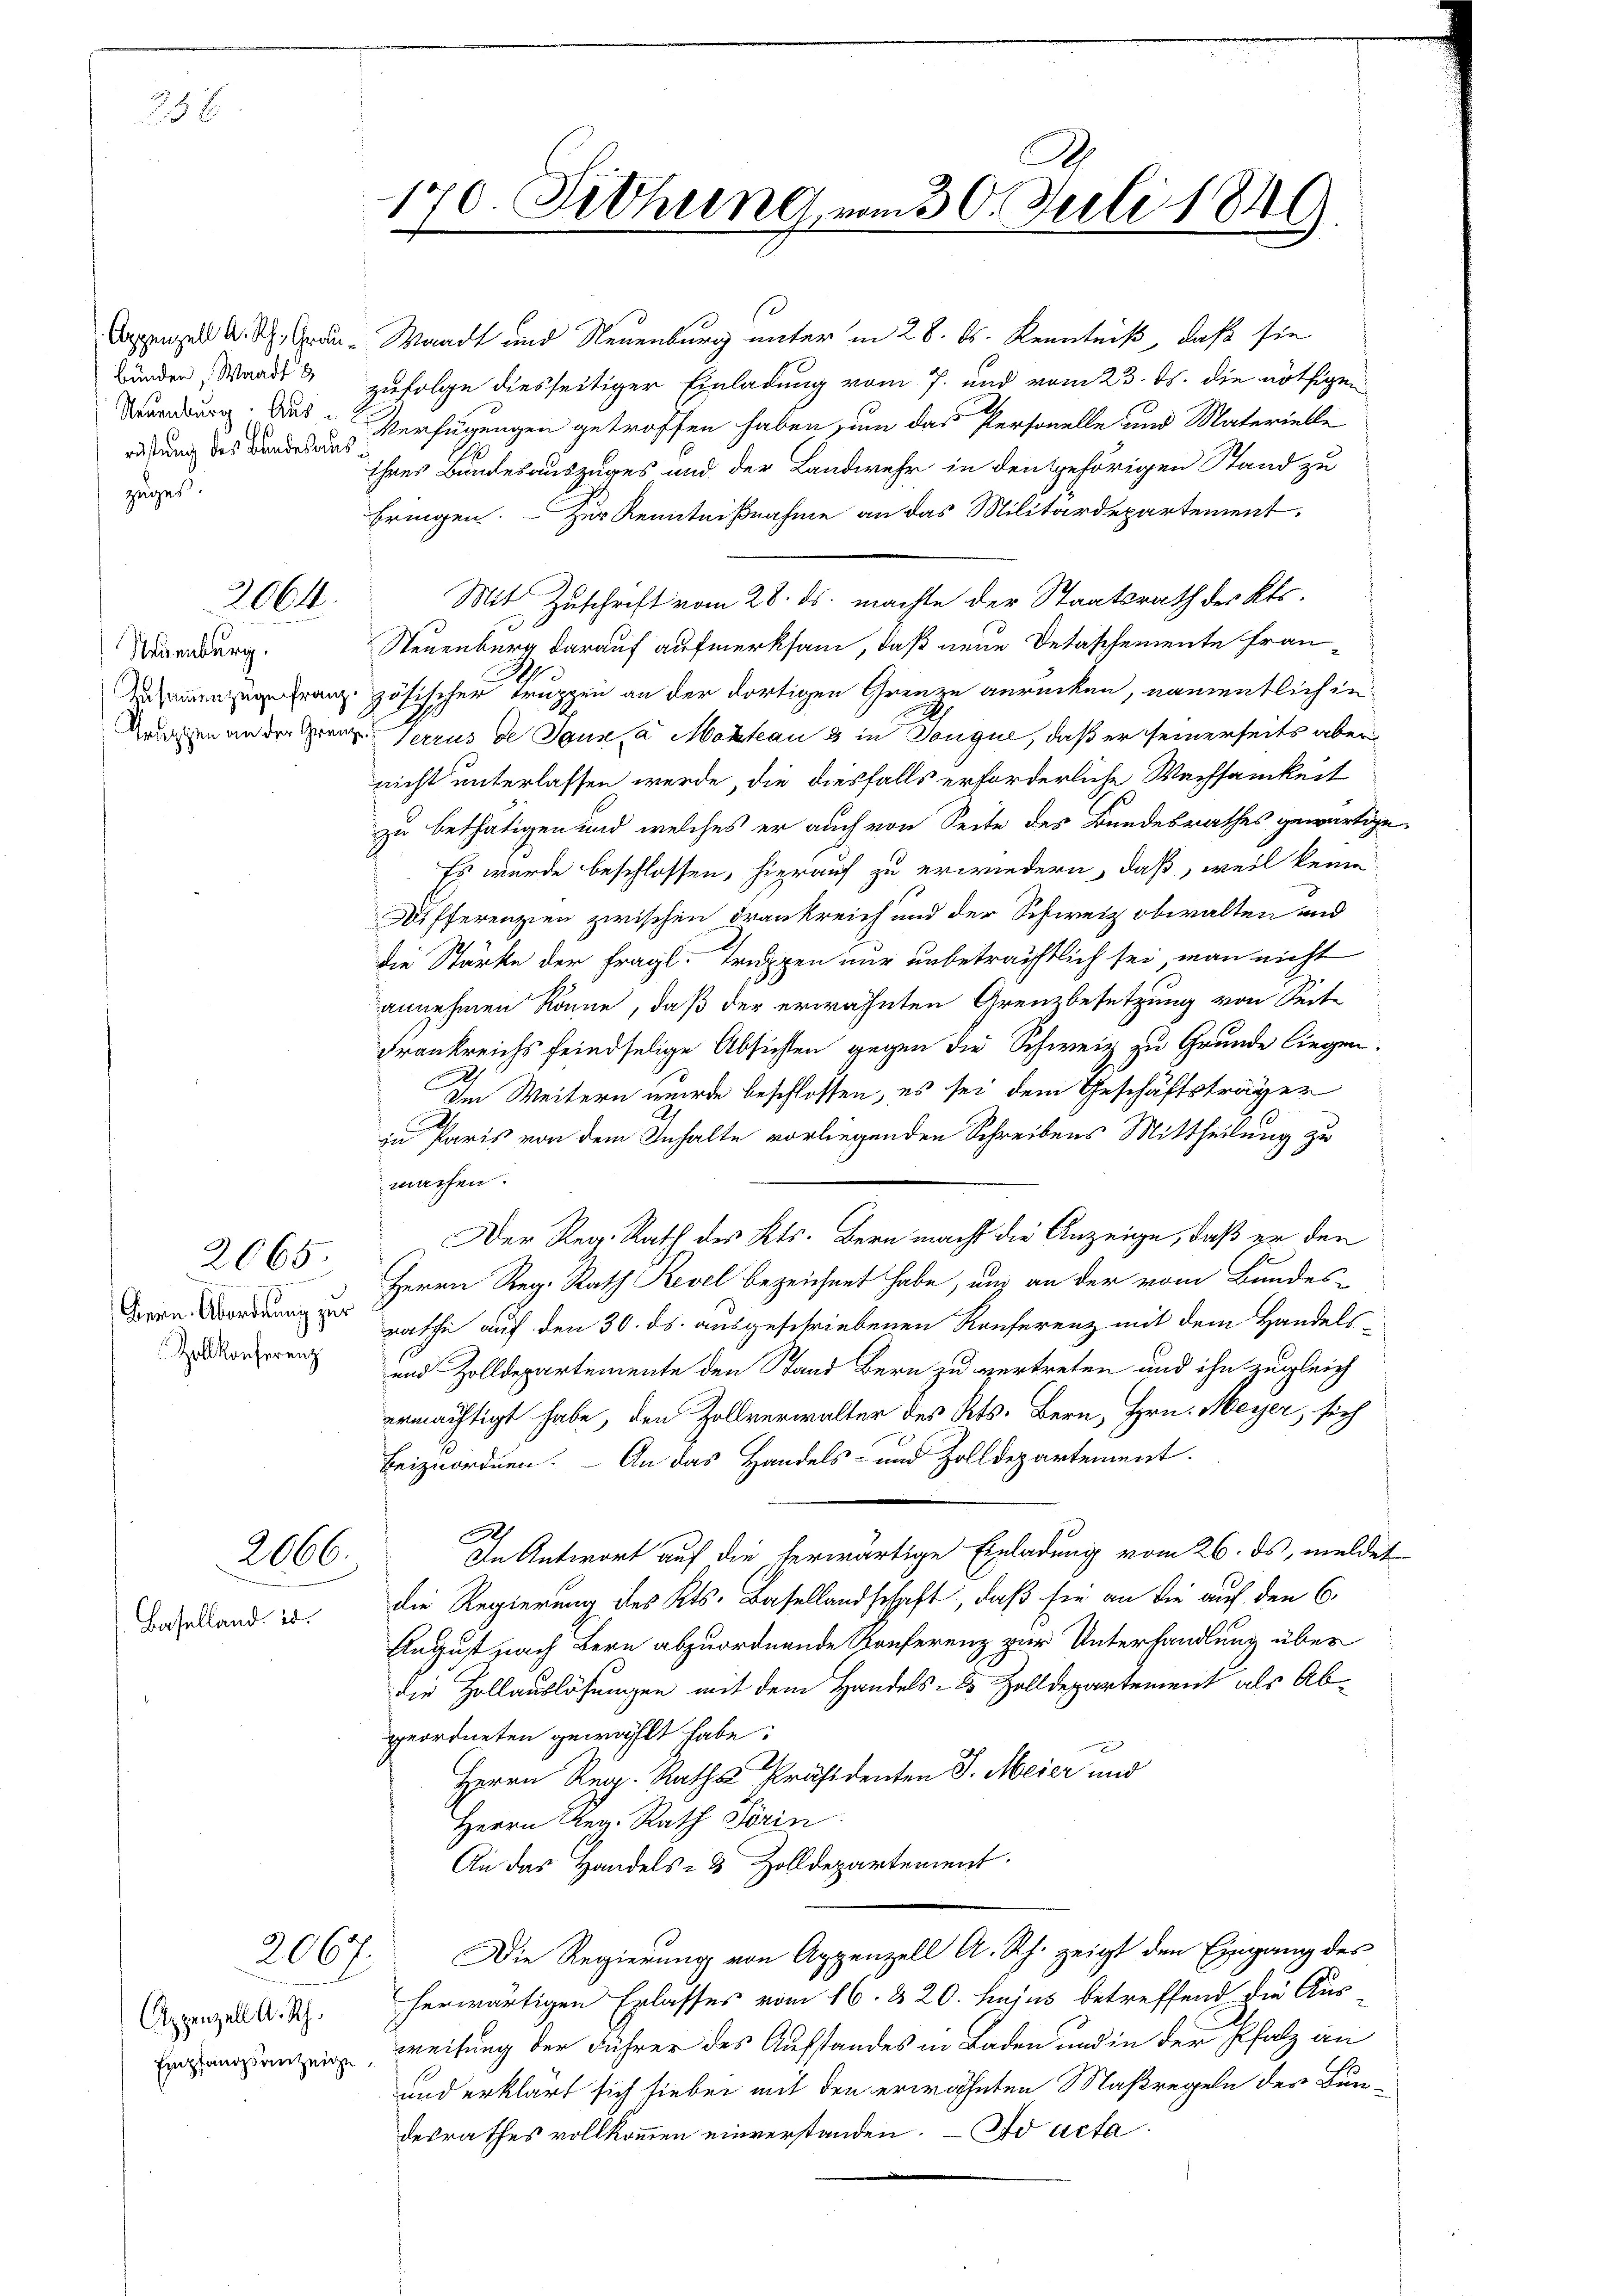
48.

Appenzell A. Rh., Graubünden, Waadt u
2
Neuenburg. Aus u. Er
rüstung des Bandesauszuges.

Neuenburg.
Zusammenzuge franz.
Gruppen an der Grenze

2064.

2065.
Hern Abordnung zur
Zollkonferenz

Baselland. d.

2066.

Cuppenzell A. Rh.
Empfangsanzeige,

2067.

.
170. Fethung vom 30. Juli 1846

Waadt und Neuenburg unter in 28. ds. Kenntniß, daß sie
zufolge diesseitiger Einladung vom 7. und vom 23. ds. die nöthigen
Verfügungen getroffen haben zum das Personelle und Materielle
ihres Bundesauszuges und der Landwehr in den gehörigen Stand zu
bringen. - Zur Kenntnißnahme an das Militärdepartement.
Mit Zuschrift vom 28. ds. machte der Staatsrath des Kts.
Steuenburg darauf aufmerksam, daß neue Detaschemente fran¬
I
zösischer Truppen an der dortigen Grenze anrücken, namentlich in
Serrus de Tanna Moktau & in Donque, daß er seinerseits aber
nicht unterlassen werde, die diesfalls erforderliche Wachsamkeit
zu bethätigen und welches er auch von Seite des Bundesrathes gewärtige
Es wurde beschlossen, hierauf zu erwiedern, daß, weil keine
Differenzien zwischen Drankreich und der Schweiz obwalten und
die Stärke der fragl. Truppen nur unbeträchtlich sei, man nicht
annehmen könne, daß der erwähnten Grenzbesetzung von Seite
Frankreichs feindselige Absichten gegen die Schweiz zu Grunde liegen.
.
Im Weitern wurde beschlossen, es sei dem Geschäftsträger
zu Paris von dem Inhalte vorliegenden Schreibens Mittheilung zu
machen.
Der Reg. Rath des Kts. Bern macht die Anzeige, daß er den
Herrn Reg. Rath Revel bezeichnet habe, und an der vom Bundes-
rathe auf den 30. ds. ausgeschriebenen Konferenz mit dem Handels-
und Zolldepartemente den Stand Bern zu vertreten und ihn zugleich
ermächtigt habe, den Zollverwalter des Kts. Bern, Hrn. Meyer, sich
beizuordnen. – An das Handels- und Zolldepartement.
In Antwort auf die herwärtige Einladung vom 26. ds, meldet
die Regierung des Kts. Basellandschaft, daß sie an die auf den 6.
August nach Bern abzuordnende Konferenz zur Unterhandlung über
die Hollauslösungen mit dem Handels- & Zolldepartement als Abgeordneten gewählt habe.
Herrn Reg. Raths Präsidenten J. Meier und
Herrn Reg. Rath Hörin
An das Handels- & Zolldepartement.
Die Regierŭng von Appenzell A. Rh. zeigt den Eingang des
herwärtigen Erlasses vom 16. & 20. hujus betreffend die Aus
weisung der Führer des Aufstandes in Baden und in der Pfalz an
und erklärt sich hiebei mit den erwähnten Maßregeln des Bundesrathes vollkommen einverstanden. — So acta